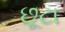
છૂટા